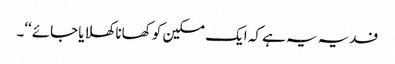
فدیہ یہ ہے کہ ایک مسکین کو کھانا کھلایا جائے‘‘۔